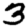
Digit: 3